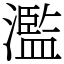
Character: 濫